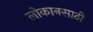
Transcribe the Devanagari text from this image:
लोकानसाठी